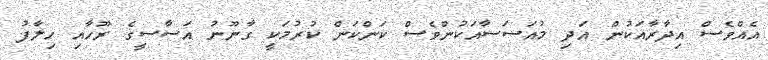
އެއްވެސް އިދާރާއަކުން އަދި މުއަސަސާއަކުންވެސް ކަންކަން ކުރުމަކީ ގާނޫނު އަސާސީގެ ރޫހާއި ހިލާފު